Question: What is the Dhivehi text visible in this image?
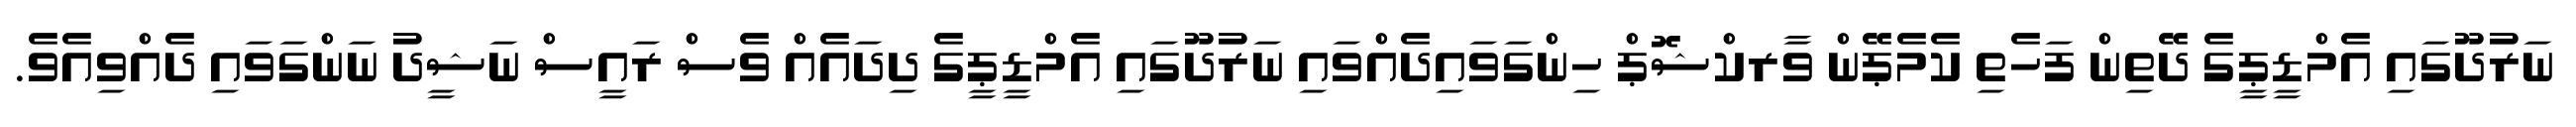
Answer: ނަރުދޫގައި އެމްޑީޕީގެ ދޭތިން ފަހެތި ކެމެޕޭން ވާރކްޝޮޕް ހިންގަވައިދެއްވައި ނަރުދޫގައި އެމްޑީޕީގެ ދިދައެއް ވެސް ރައީސް ނަޝީދު ނަންގަވައި ދެއްވިއެވެ.